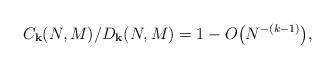
LaTeX: \begin{align*} C_{\bold k}(N,M)/D_{\bold k}(N,M)=1-O\bigl(N^{-(k-1)}\bigr),\end{align*}